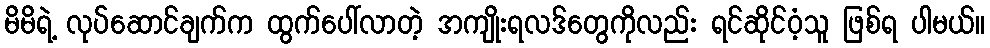
မိမိရဲ့ လုပ်ဆောင်ချက်က ထွက်ပေါ်လာတဲ့ အကျိုးရလဒ်တွေကိုလည်း ရင်ဆိုင်ဝံ့သူ ဖြစ်ရ ပါမယ်။